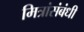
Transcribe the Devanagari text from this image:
मित्रांसंबंधी